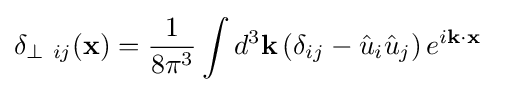
\delta _{\perp \ ij}(\mathbf {x} )={\frac {1}{8\pi ^{3}}}\int d^{3}\mathbf {k} \left(\delta _{ij}-{\hat {u}}_{i}{\hat {u}}_{j}\right)e^{i\mathbf {k\cdot x} }\